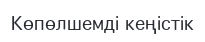
Көпөлшемді кеңістік